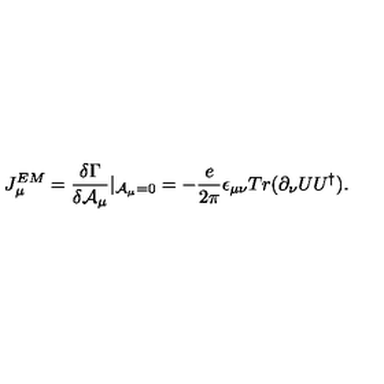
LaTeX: J _ { \mu } ^ { E M } = \frac { \delta \Gamma } { \delta { \cal A } _ { \mu } } | _ { { \cal A } _ { \mu } = 0 } = - \frac { e } { 2 \pi } \epsilon _ { \mu \nu } T r ( \partial _ { \nu } U U ^ { \dag } ) .